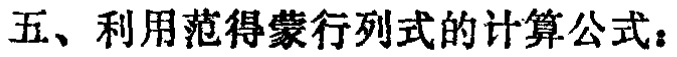
五、利用范得蒙行列式的计算公式：